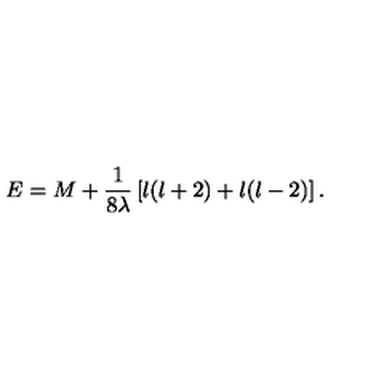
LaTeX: E = M + { \frac { 1 } { 8 \lambda } } \left\lbrack l ( l + 2 ) + l ( l - 2 ) \right\rbrack .